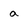
Character: a